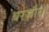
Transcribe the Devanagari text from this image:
बरज़ौरा